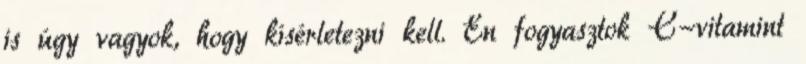
is úgy vagyok, hogy kísérletezni kell. Én fogyasztok C-vitamint